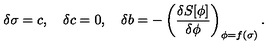
\delta \sigma = c , \quad \delta c = 0 , \quad \delta b = - \left( \frac { \delta S [ \phi ] } { \delta \phi } \right) _ { \phi = f ( \sigma ) } .